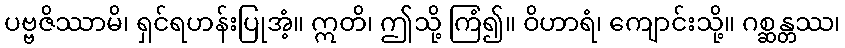
ပဗ္ဗဇိဿာမိ၊ ရှင်ရဟန်းပြုအံ့။ ဣတိ၊ ဤသို့ ကြံ၍။ ဝိဟာရံ၊ ကျောင်းသို့။ ဂစ္ဆန္တဿ၊